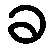
ခ